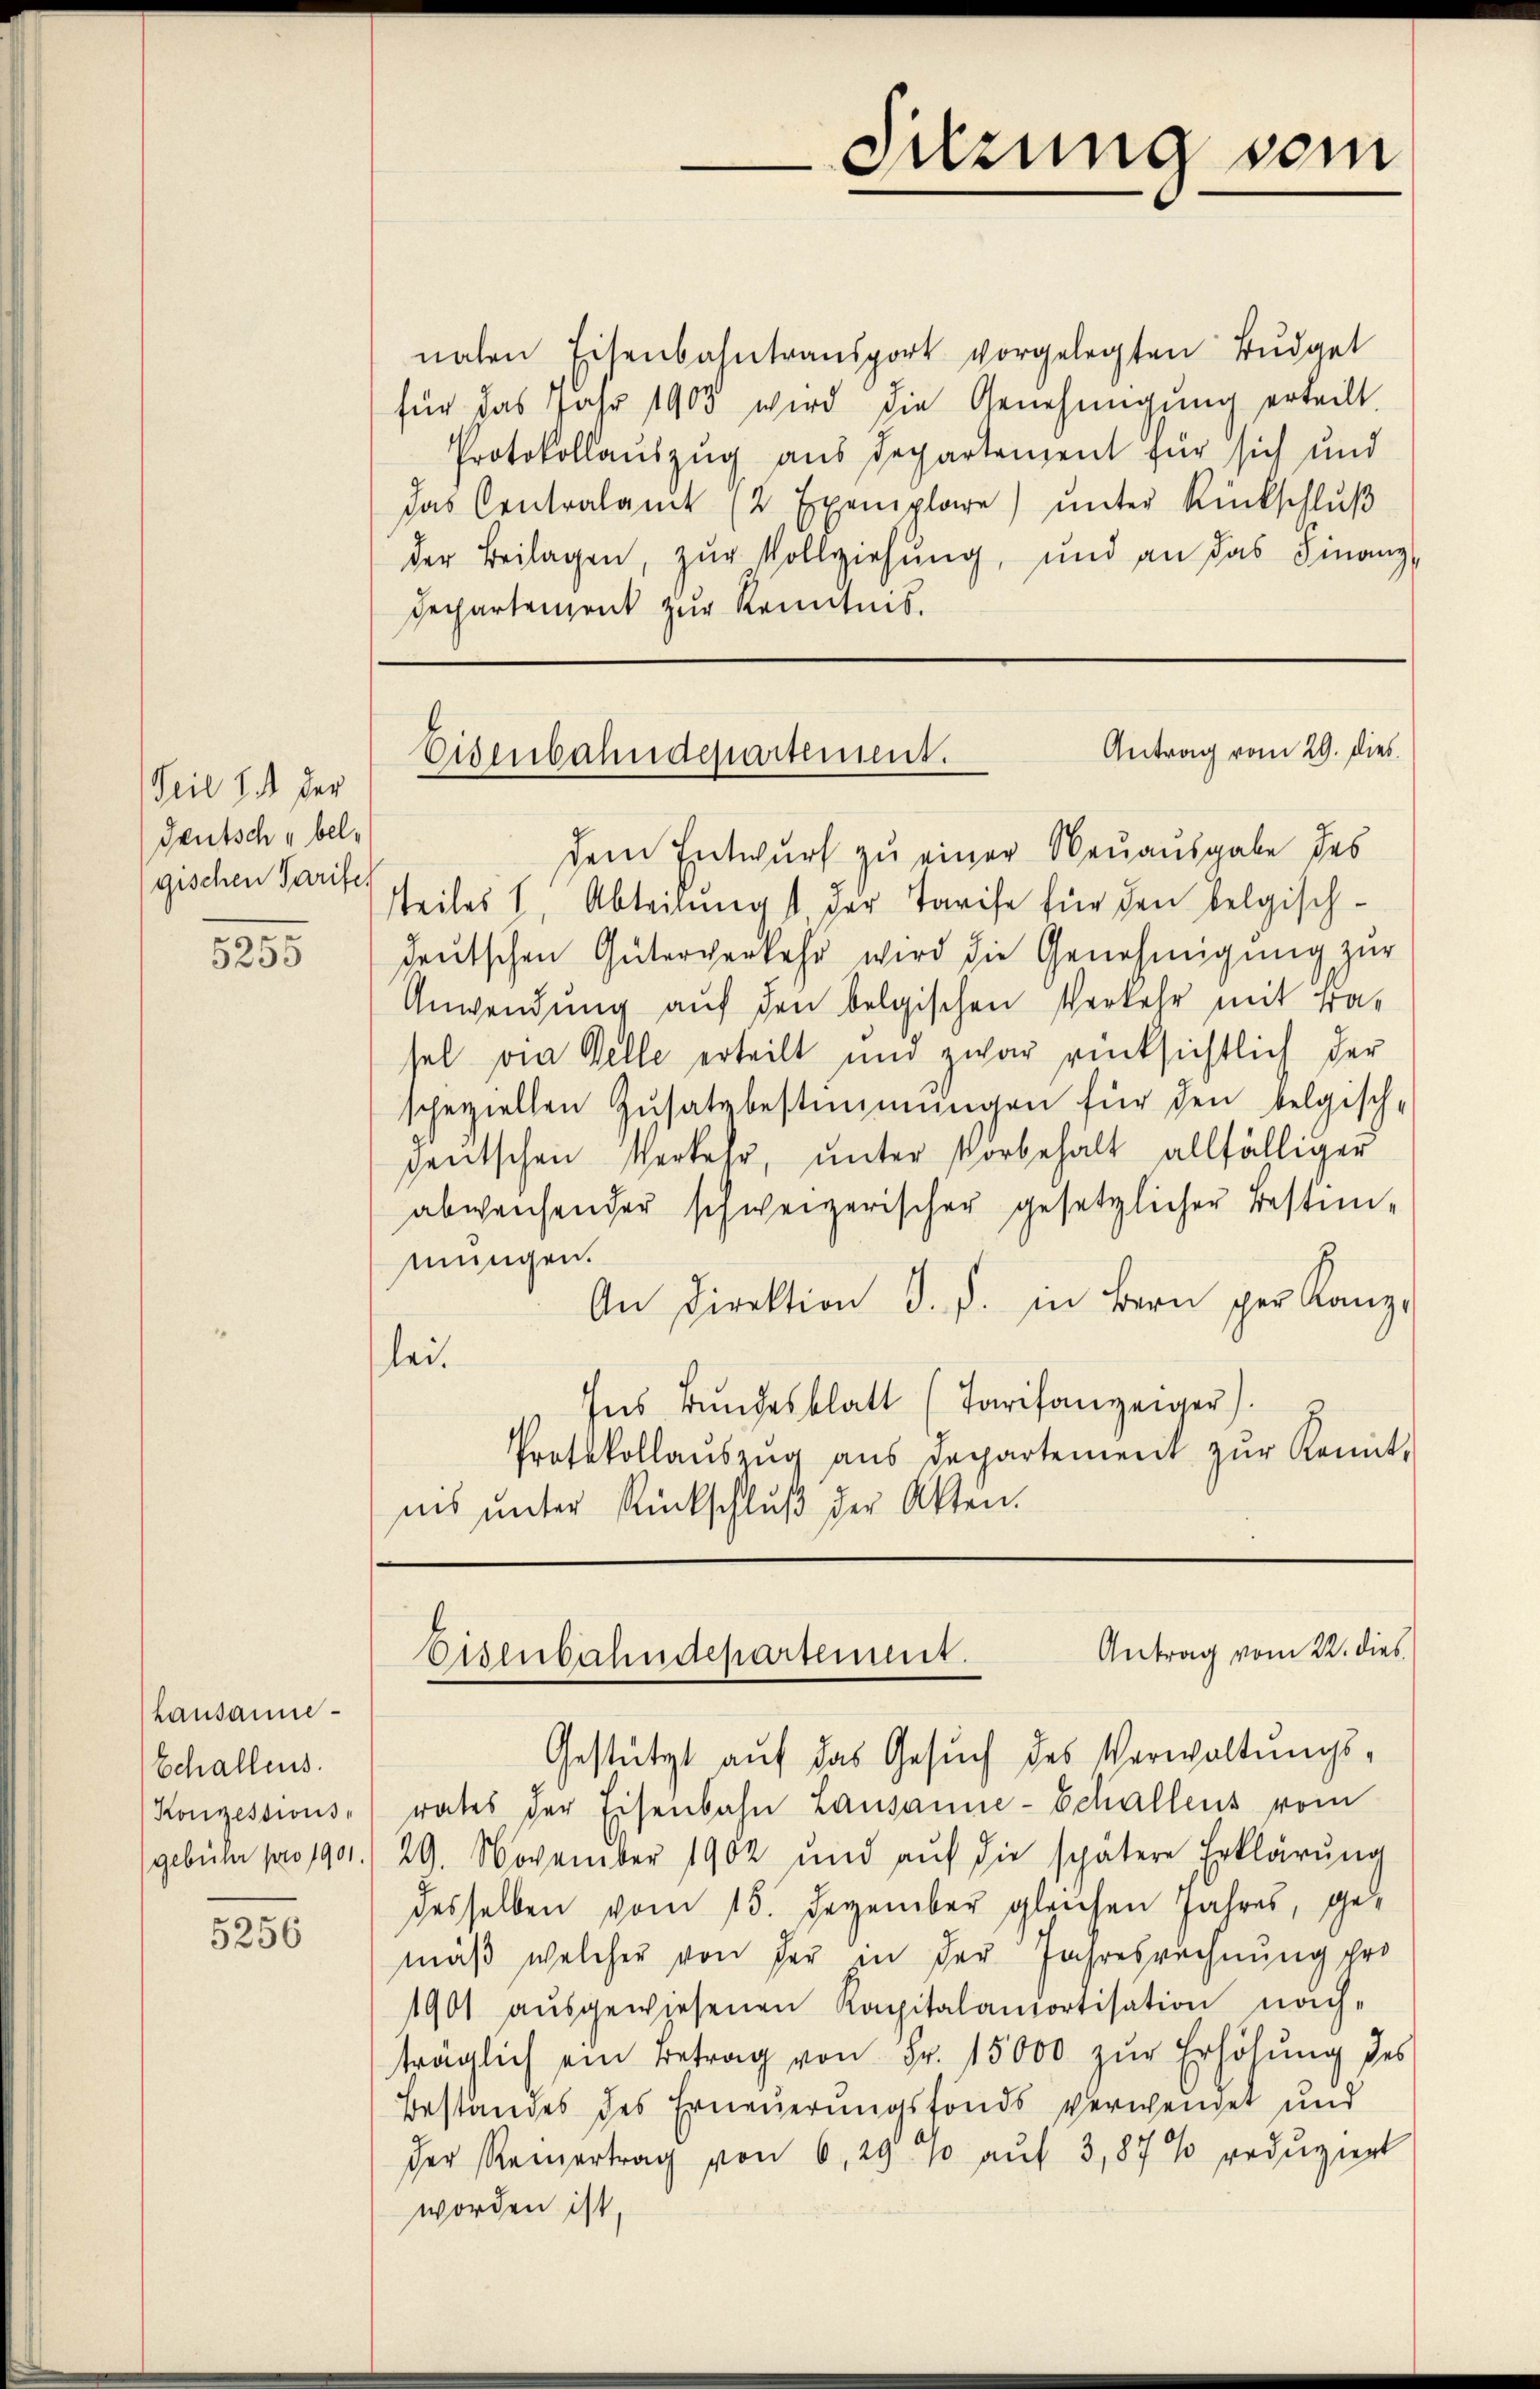
Seit 14 der
deutsch " belgischen Tarife

5255

Lausanne¬
Echallens.
Konzessions-
gebühr pro 1901.

5256

nahen Eisenbahntransport vorgelegten Budget
für das Jahr 1903 wird die Genehmigung erteilt.
Protokollauszug aus Departement für sich und
das Centralamt (2 Exemplare) ŭnter Rückschlŭβ
der Beilagen, zŭr Vollziehung, und an das Finanz-
Dechartement zur Kenntnis.

Suzung vom

Antrag vom 29. dies
Eisenbahndepartement.

dem Entwurf zu einer Neuausgabe des
steiles I, Abteilungst, der Tarife für den belgischdeutschen Güterverkehr wird die Genehmigung zur
Anwendung auf den belgischen Verkehr mit tra-
sel die Gelle erteilt und zwar rücksichtlich der
speziellen Zusatzbestimmungen für den belgisch-
deutschen Verkehr, unter Vorbehalt allfälliger
abweichender schweizerischer gesetzlicher Bestimmungen.
An Direktion d. d. in Bern per Kanz
lei.
Ins Bundesblatt (Tarifanzeiger).
Protokollaŭszŭg aŭs departement zŭr Kennt-
nis unter Rückschluß der Akten.

Antrag vom 22. dies
Eisenbahndepartement.
Gestützt auf das Gesuch des Verwaltungs¬

rates der Eisenbahn Lausanne-Schallens vom
29. November 1902 und aŭf die spätere Erklärŭng
desselben vom 15. Dezember gleichen Jahres, gemäβ welcher von der in der Jahresrechnung ihro
1901 aŭsgewiesenen Kapitalandortisation nach-
träglich ein Betrag von Fr. 15000 zur Erhöhung des
Bestandes des Erneuerungsfonds verwendet und
der Reinertrag von 6,29 10 auf 3,87 % redŭziert
worden ist,